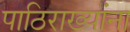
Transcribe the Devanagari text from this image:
पाठिराख्यांना